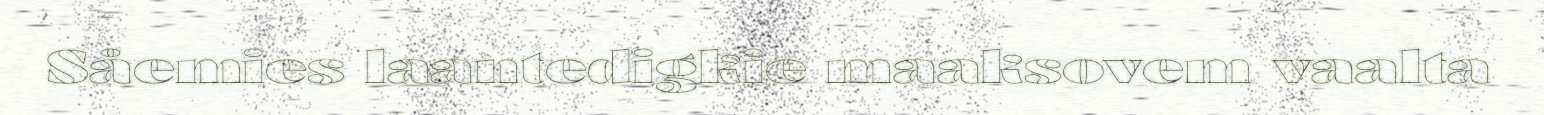
Såemies laantedigkie maaksovem vaalta